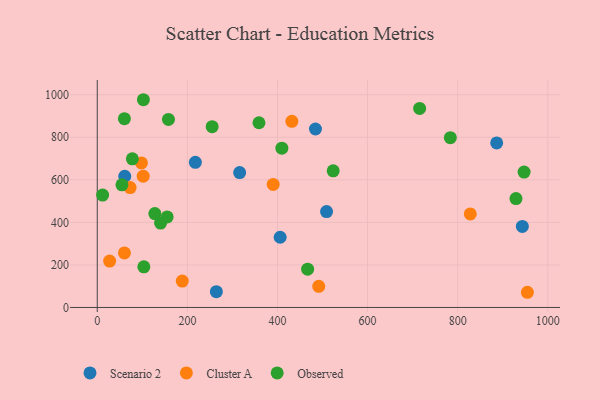
{"axis": {"x": "Study Hours", "y": "Profit"}, "legend": ["Cluster A", "Observed", "Scenario 2"], "data": [{"x": "405.9", "y": 330.1, "type": "Scenario 2"}, {"x": "61.0", "y": 616.8, "type": "Scenario 2"}, {"x": "943.4", "y": 381.2, "type": "Scenario 2"}, {"x": "316.0", "y": 633.9, "type": "Scenario 2"}, {"x": "886.5", "y": 773.7, "type": "Scenario 2"}, {"x": "264.3", "y": 74.3, "type": "Scenario 2"}, {"x": "484.3", "y": 838.9, "type": "Scenario 2"}, {"x": "508.9", "y": 450.6, "type": "Scenario 2"}, {"x": "217.7", "y": 682.1, "type": "Scenario 2"}, {"x": "188.6", "y": 124.1, "type": "Cluster A"}, {"x": "431.9", "y": 875.1, "type": "Cluster A"}, {"x": "60.3", "y": 256.3, "type": "Cluster A"}, {"x": "954.6", "y": 71.4, "type": "Cluster A"}, {"x": "27.5", "y": 217.9, "type": "Cluster A"}, {"x": "72.9", "y": 563.8, "type": "Cluster A"}, {"x": "390.4", "y": 578.6, "type": "Cluster A"}, {"x": "491.6", "y": 99.6, "type": "Cluster A"}, {"x": "827.9", "y": 439.8, "type": "Cluster A"}, {"x": "98.1", "y": 679.5, "type": "Cluster A"}, {"x": "101.9", "y": 617.1, "type": "Cluster A"}, {"x": "127.8", "y": 441.6, "type": "Observed"}, {"x": "77.9", "y": 698.6, "type": "Observed"}, {"x": "947.3", "y": 636.4, "type": "Observed"}, {"x": "60.2", "y": 887.7, "type": "Observed"}, {"x": "783.6", "y": 798.3, "type": "Observed"}, {"x": "54.8", "y": 576.5, "type": "Observed"}, {"x": "358.9", "y": 868.4, "type": "Observed"}, {"x": "929.3", "y": 512.0, "type": "Observed"}, {"x": "140.5", "y": 396.7, "type": "Observed"}, {"x": "155.1", "y": 425.4, "type": "Observed"}, {"x": "409.7", "y": 748.9, "type": "Observed"}, {"x": "11.9", "y": 528.5, "type": "Observed"}, {"x": "466.9", "y": 180.1, "type": "Observed"}, {"x": "255.0", "y": 849.8, "type": "Observed"}, {"x": "103.4", "y": 190.9, "type": "Observed"}, {"x": "102.4", "y": 976.6, "type": "Observed"}, {"x": "158.0", "y": 884.0, "type": "Observed"}, {"x": "523.6", "y": 642.2, "type": "Observed"}, {"x": "715.5", "y": 935.5, "type": "Observed"}]}